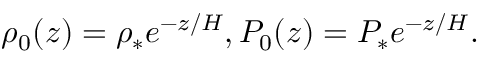
\rho _ { 0 } ( z ) = \rho _ { * } e ^ { - z / H } , P _ { 0 } ( z ) = P _ { * } e ^ { - z / H } .